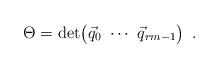
LaTeX: \begin{align*} \Theta= {\rm{det}} {\begin{pmatrix}\vec{q}_{0} \ \cdots \ \vec{q}_{rm-1}\end{pmatrix}}\enspace.\end{align*}